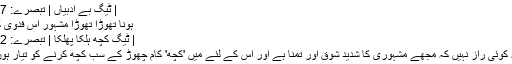
| ٹیگ بے ادبیاں | تبصرے: 57
ہونا تھوڑا تھوڑا مشہور اس فدوی کا
| ٹیگ کچھ ہلکا پھلکا | تبصرے: 22
یہ کوئی راز نہیں کہ مجھے مشہوری کا شدید شوق اور تمنّا ہے اور اس کے لئے میں 'کچھ' کام چھوڑ کے سب کچھ کرنے کو تیّار ہوں۔